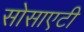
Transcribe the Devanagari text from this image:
सोसाएटी